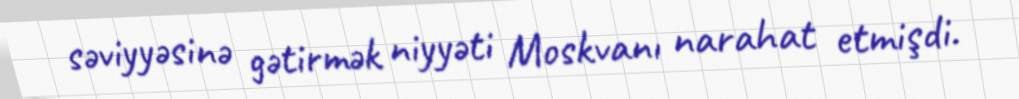
səviyyəsinə gətirmək niyyəti Moskvanı narahat etmişdi.